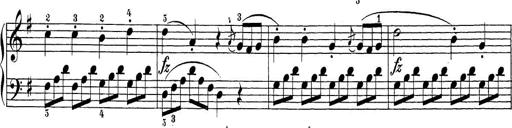
Title: Sonatina Album
Composer: Louis KÃ¶hler